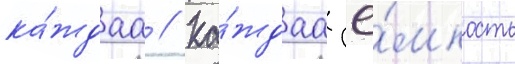
ка́ждаа // Ка́ждаа ё́мкость